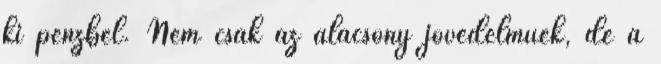
ki pénzbel. Nem csak az alacsony jövedelműek, de a